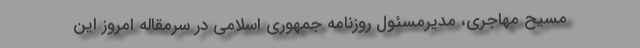
مسیح مهاجری، مدیرمسئول روزنامه جمهوری اسلامی در سرمقاله امروز این